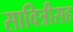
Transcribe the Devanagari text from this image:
सावित्रीसह